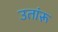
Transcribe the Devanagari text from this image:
उतांरू